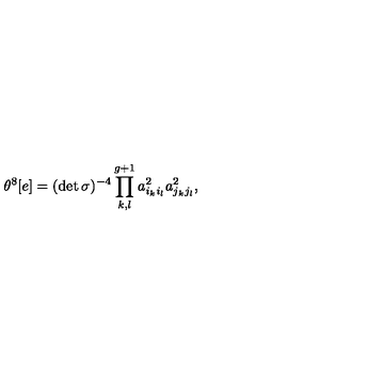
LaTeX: \theta ^ { 8 } [ e ] = ( \det { \sigma } ) ^ { - 4 } \prod _ { k , l } ^ { g + 1 } a _ { i _ { k } i _ { l } } ^ { 2 } a _ { j _ { k } j _ { l } } ^ { 2 } ,